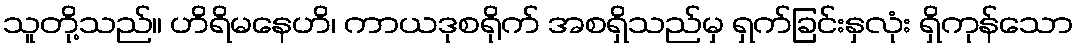
သူတို့သည်။ ဟိရိမနေဟိ၊ ကာယဒုစရိုက် အစရှိသည်မှ ရှက်ခြင်းနှလုံး ရှိကုန်သော